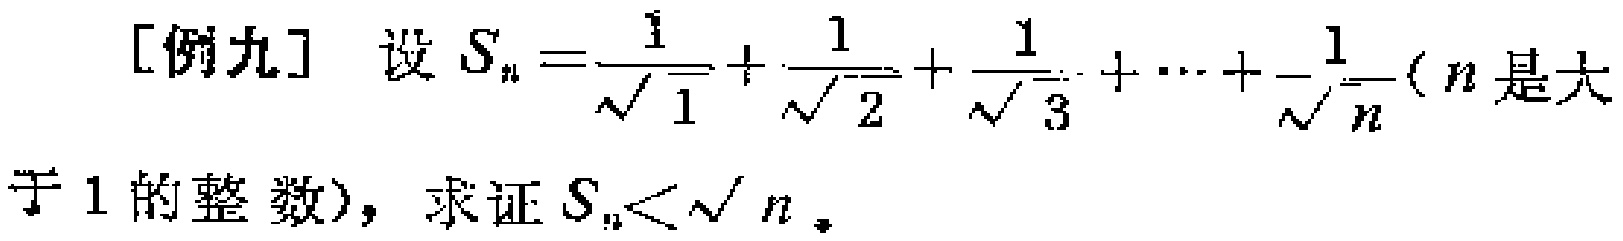
[例九] 设 \(S_{n}=\frac{1}{\sqrt{1}}+\frac{1}{\sqrt{2}}+\frac{1}{\sqrt{3}}+\cdots+\frac{1}{\sqrt{n}}\)（\(n\)是大于1的整数），求证\(S_{n}<\sqrt{n}\)。